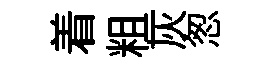
着粗灰怱